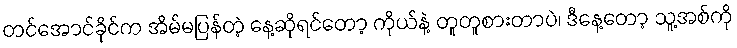
တင်အောင်ခိုင်က အိမ်မပြန်တဲ့ နေ့ဆိုရင်တော့ ကိုယ်နဲ့ တူတူစားတာပဲ၊ ဒီနေ့တော့ သူ့အစ်ကို